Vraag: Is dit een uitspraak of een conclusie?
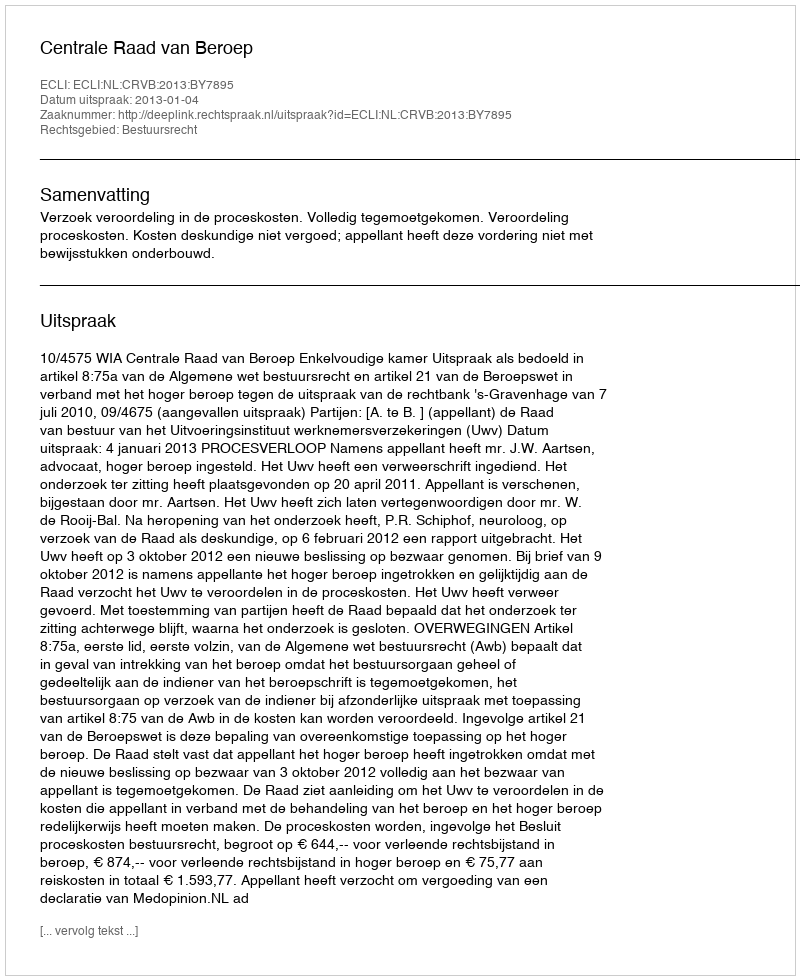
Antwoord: Uitspraak